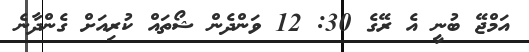
އަމްޖޭ ބުނީ އެ ރޭގެ 30: 12 ވަންދެން ޝޯތައް ކުރިއަށް ގެންދާނެ